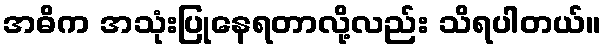
အဓိက အသုံးပြုနေရတာလို့လည်း သိရပါတယ်။